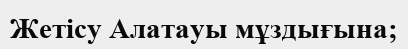
Жетісу Алатауы мұздығына;